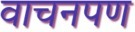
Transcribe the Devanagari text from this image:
वाचनपण